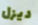
ديزل